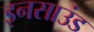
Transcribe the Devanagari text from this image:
इनसाउंड